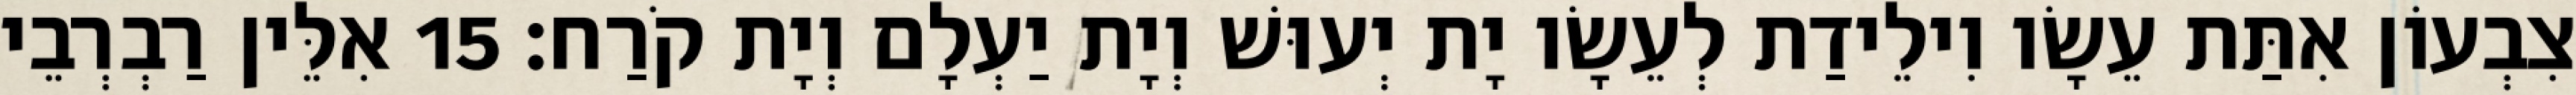
צִבְעוֹן אִתַּת עֵשָׂו וִילֵידַת לְעֵשָׂו יָת יְעוּשׁ וְיָת יַעְלָם וְיָת קֹרַח׃ 15 אִלֵּין רַבְרְבֵי